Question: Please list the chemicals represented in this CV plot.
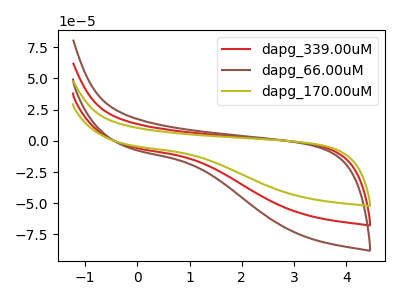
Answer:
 <answer>The red curve is labeled "dapg_339.00uM". The brown curve is labeled "dapg_66.00uM". The olive curve is labeled "dapg_170.00uM".</answer>
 <eval></eval>